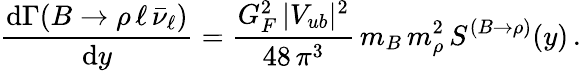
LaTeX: {\frac{\mathrm{d}\Gamma(B\to\rho\, \ell\, \bar{\nu}_{\ell})}{\mathrm{d}y}}={\frac{G_{F}^{2}\, |V_{ub}|^{2}}{48\, \pi^{3}}}\, m_{B}\, m_{\rho}^{2}\, S^{(B\to\rho)}(y)\, .